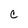
Character: C